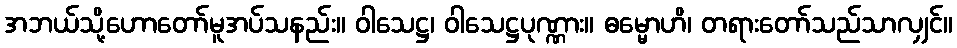
အဘယ်သို့ဟောတော်မူအပ်သနည်း။ ဝါသေဋ္ဌ၊ ဝါသေဋ္ဌပုဏ္ဏား။ ဓမ္မောဟိ၊ တရားတော်သည်သာလျှင်။